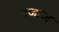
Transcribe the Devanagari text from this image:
मजाज